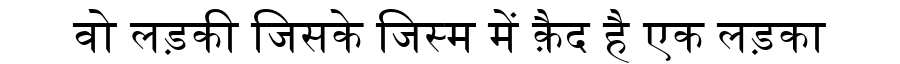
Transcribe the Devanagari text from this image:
वो लड़की जिसके जिस्म में क़ैद है एक लड़का